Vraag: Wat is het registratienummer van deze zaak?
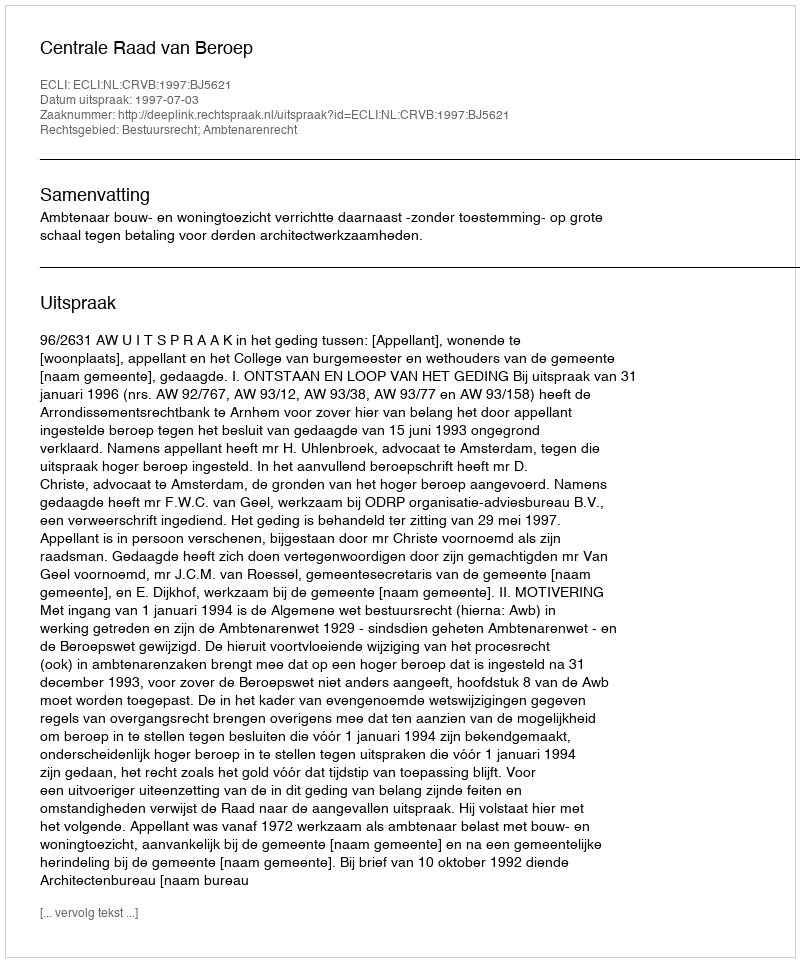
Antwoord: http://deeplink.rechtspraak.nl/uitspraak?id=ECLI:NL:CRVB:1997:BJ5621